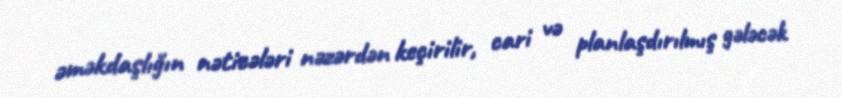
əməkdaşlığın nəticələri nəzərdən keçirilir, cari və planlaşdırılmış gələcək